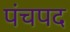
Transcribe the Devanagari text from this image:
पंचपद